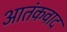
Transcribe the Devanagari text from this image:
अातंकवाद